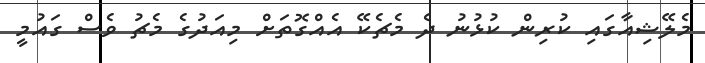
މެލޭޝިއާގައި ކުރިން ކުޅުނު ދެ މެޗެކޭ އެއްގޮތަށް މިއަދުގެ މެޗު ވެސް ގައުމީ